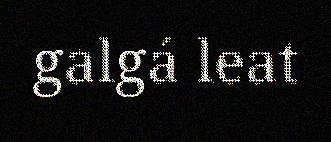
galgá leat